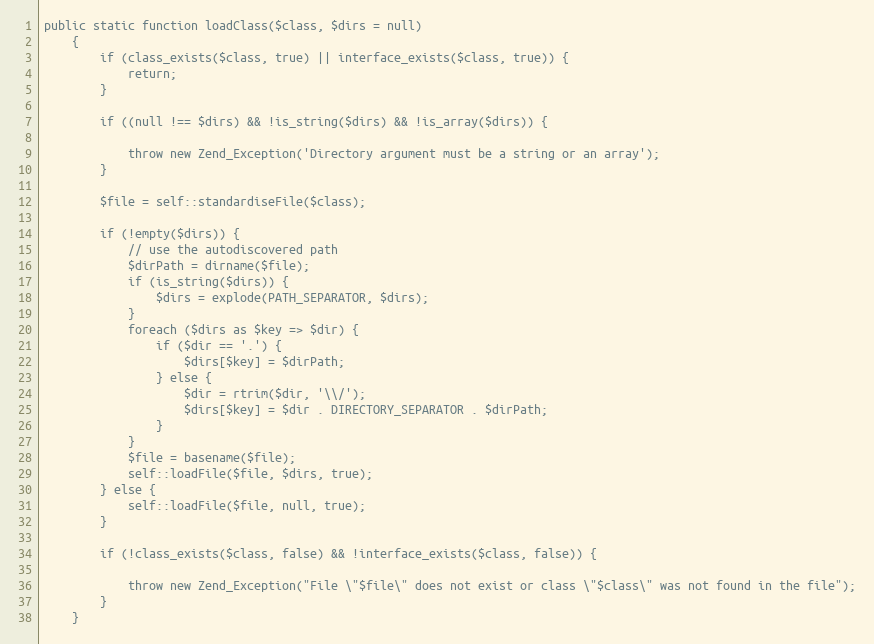
Language: PHP
public static function loadClass($class, $dirs = null)
    {
        if (class_exists($class, true) || interface_exists($class, true)) {
            return;
        }

        if ((null !== $dirs) && !is_string($dirs) && !is_array($dirs)) {

            throw new Zend_Exception('Directory argument must be a string or an array');
        }

        $file = self::standardiseFile($class);

        if (!empty($dirs)) {
            // use the autodiscovered path
            $dirPath = dirname($file);
            if (is_string($dirs)) {
                $dirs = explode(PATH_SEPARATOR, $dirs);
            }
            foreach ($dirs as $key => $dir) {
                if ($dir == '.') {
                    $dirs[$key] = $dirPath;
                } else {
                    $dir = rtrim($dir, '\\/');
                    $dirs[$key] = $dir . DIRECTORY_SEPARATOR . $dirPath;
                }
            }
            $file = basename($file);
            self::loadFile($file, $dirs, true);
        } else {
            self::loadFile($file, null, true);
        }

        if (!class_exists($class, false) && !interface_exists($class, false)) {

            throw new Zend_Exception("File \"$file\" does not exist or class \"$class\" was not found in the file");
        }
    }